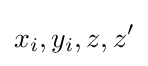
x_{i},y_{i},z,z'